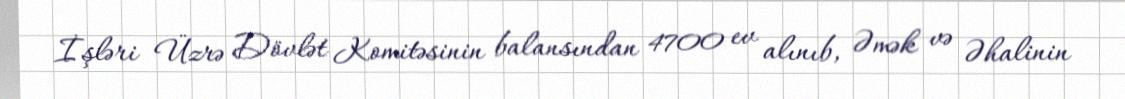
İşləri Üzrə Dövlət Komitəsinin balansından 4700 ev alınıb, Əmək və Əhalinin